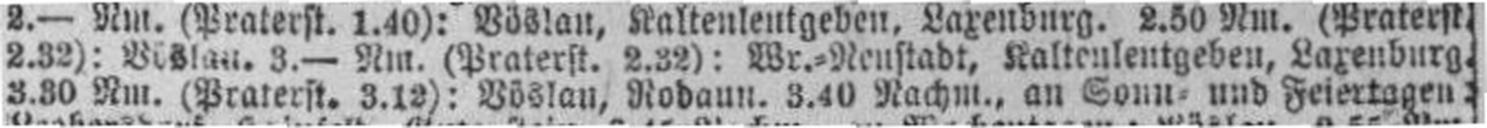
3.30 Nm. (Praterst. 3.12): Böslau, Rodaun. 3.40 Nachm., an Sonn= und Feiertagen.